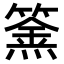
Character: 𥴏